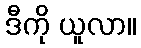
ဒီကို ယူလာ။